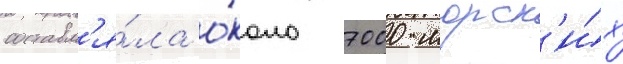
составл'я́ла о́коло 7000 морск'и́х